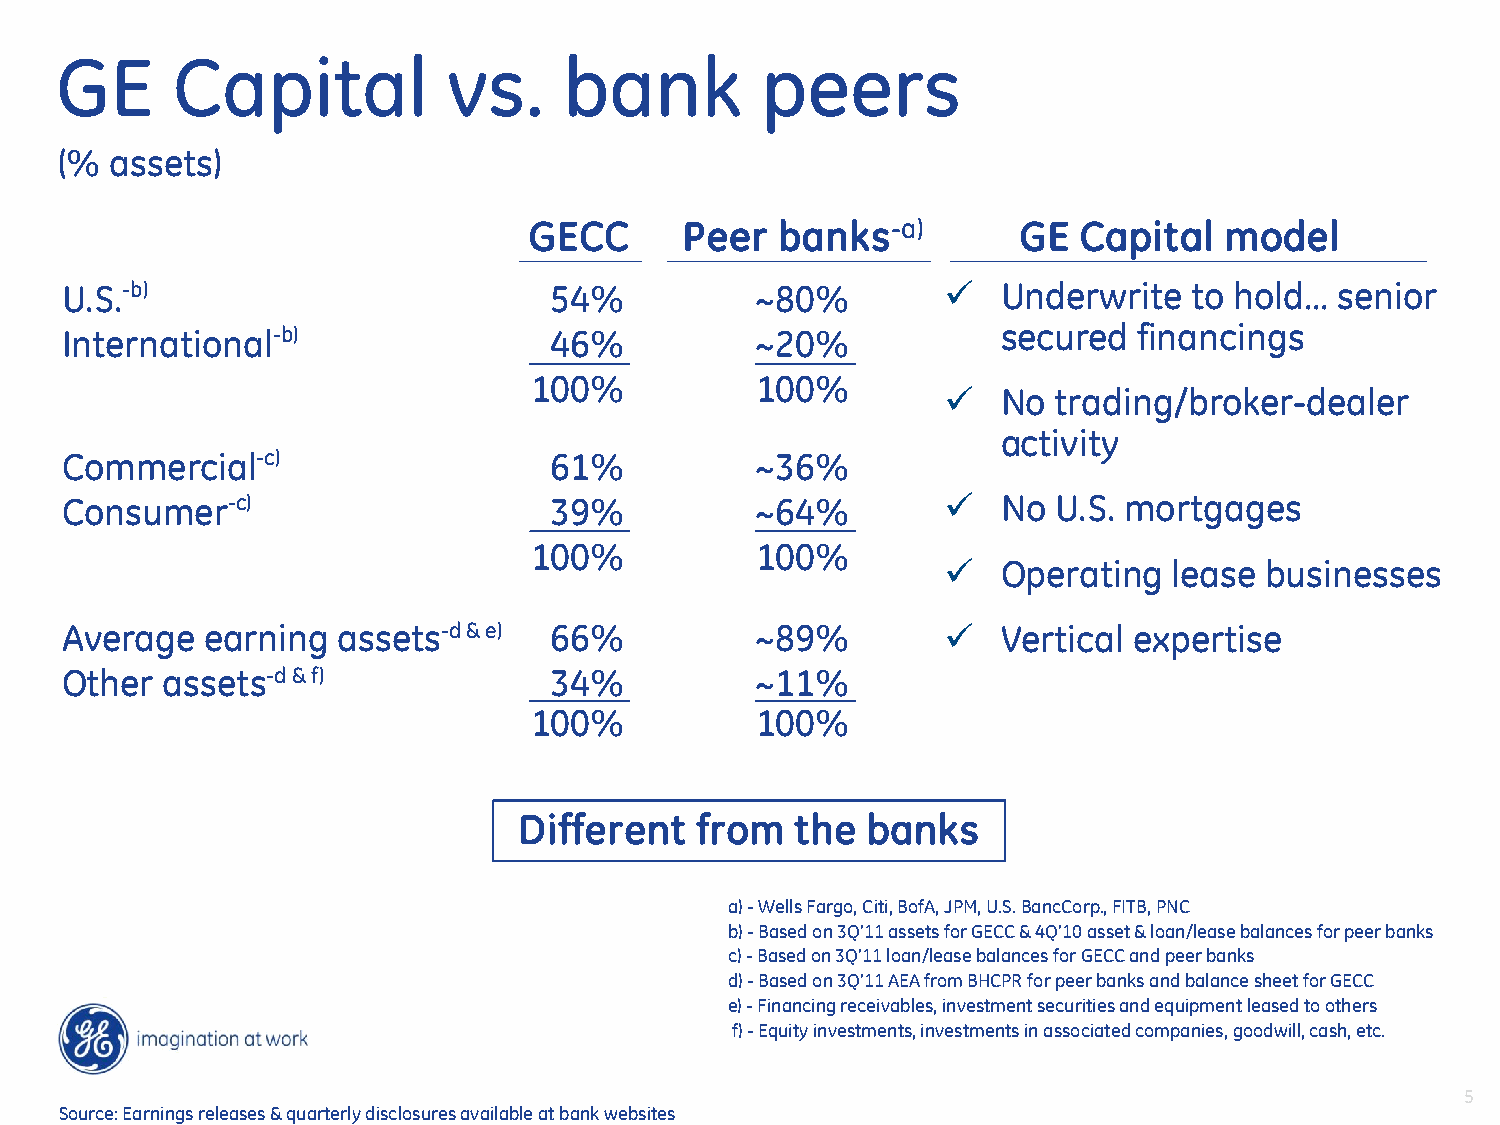
GE     Capital            vs.    bank         peers
 (% assets)
 GECC      Peer   banks-a)       GE  Capital   model
 U.S.-b)                         54%           ~80%           Underwrite   to hold…  senior
 International-b)                46%           ~20%            secured  financings
 100%           100%
   No  trading/broker-dealer
 activity
 Commercial-c)                   61%           ~36%
 Consumer-c)                     39%           ~64%           No  U.S. mortgages
 100%           100%
   Operating   lease businesses
 Average   earning assets-d & e) 66%           ~89%           Vertical expertise
 Other  assets-d & f)            34%           ~11%
 100%           100%
 Different   from   the banks
 a) - Wells Fargo, Citi, BofA, JPM, U.S. BancCorp., FITB, PNC
 b) - Based on 3Q’11 assets for GECC & 4Q’10 asset & loan/lease balances for peer banks
 c) - Based on 3Q’11 loan/lease balances for GECC and peer banks
 d) - Based on 3Q’11 AEA from BHCPR for peer banks and balance sheet for GECC
 e) - Financing receivables, investment securities and equipment leased to others
 f) - Equity investments, investments in associated companies, goodwill, cash, etc.
 5
 Source: Earnings releases & quarterly disclosures available at bank websites